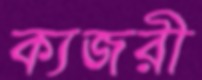
ক্যজরী